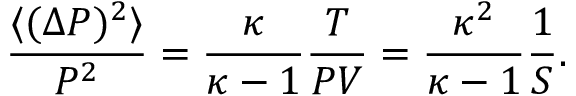
{ \frac { \langle ( \Delta P ) ^ { 2 } \rangle } { P ^ { 2 } } } = { \frac { \kappa } { \kappa - 1 } } { \frac { T } { P V } } = { \frac { \kappa ^ { 2 } } { \kappa - 1 } } { \frac { 1 } { S } } .